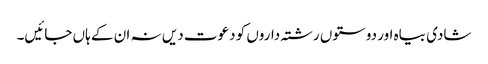
شادی بیاہ اور دوستوں رشتہ داروں کو دعوت دیں نہ ان کے ہاں جائیں۔